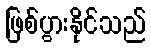
ဖြစ်ပွားနိုင်သည်